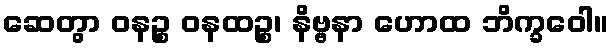
ဆေတွာ ဝနဉ္စ ဝနထဉ္စ၊ နိဗ္ဗနာ ဟောထ ဘိက္ခဝေါ။